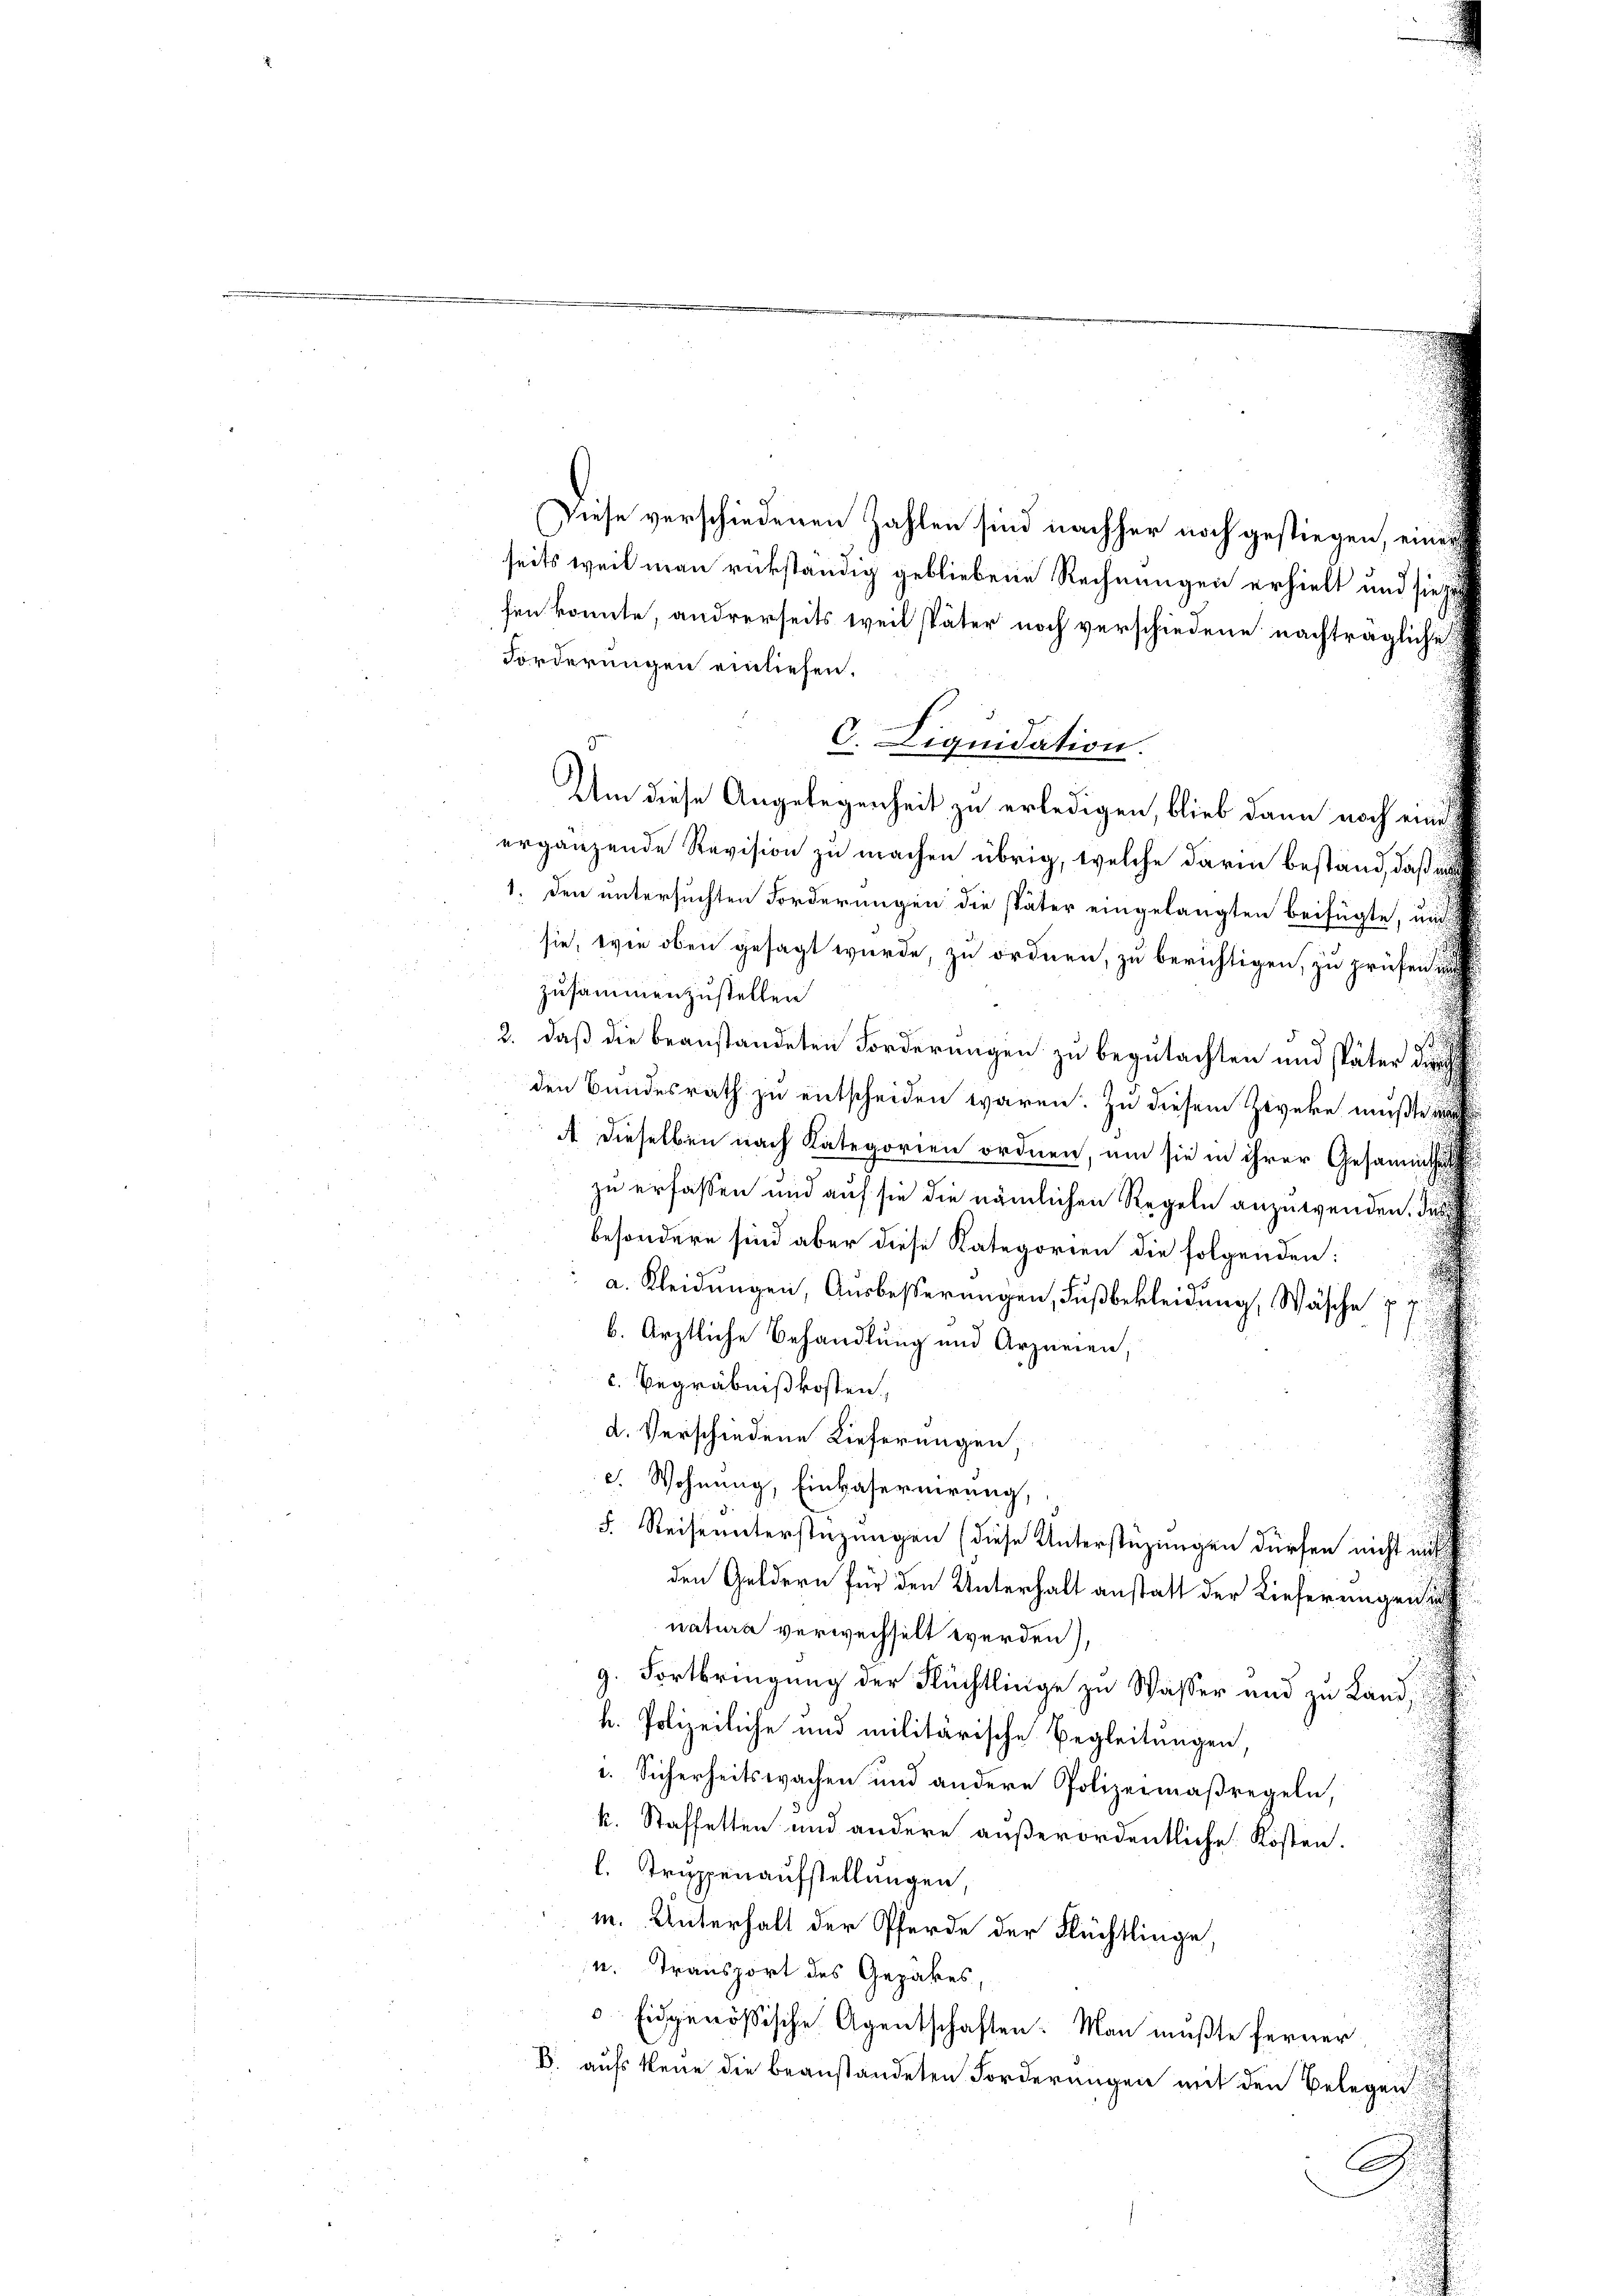
Diese verschiedenen Zahlen sind nachher noch gestiegen, einer
seits weil man rükständig gebliebene Rechnungen erhielt und sie jetz
fen konnte, andrerseits weil später noch verschiedene nachträgliche
Forderungen einliefen.
C. Liquidation.
Um diese Angelegenheit zu erledigen, blieb dann noch eines G
ergänzende Revision zu machen übrig, welche darin bestand, daß i
1. den untersuchten Forderungen die später eingelangten beifügte, un
sie, wie oben gesagt wurde, zu ordnen, zu berichtigen, zu prüfen
zusammenzustellen
2. daß die beanstandeten Forderungen zu begutachten und später die
den Bundesrath zu entscheiden waren. Zu diesem Zeveke mußte
A dieselben nach Kategorien ordnen, um sie in ihrer Gesammtheit
zu erfassen und auf sie die nämlichen Regeln anzuwenden. Das
besondere sind aber diese Kategorien die folgenden:
a. Kleidŭngen, Aŭsbesserungen, Fußbekleidung, Wäsche 77
b. Ärztliche Behandlung und Arzneien,
c. Begräbnißkosten.
d. Verschiedene Lieferungen,
c. Wohnung, Einkasernirung,
5. Reiseunterstüzungen (diese Unterstüzungen dürfen nicht auf
den Geldern für den Unterhalt anstatt der Lieferungen
natura verwechselt werden),
g. Fortbringung der Flüchtlinge zu Wasser und zu Land,
h. Polizeiliche und militärische Begleitungen,
. Sicherheitswachen und andere Polizeimaßregeln,
k. Staffetten und andere außerordentliche Kosten.
l. Trupenaufstellungen,
m. Unterhalt der Pferde der Flüchtlinge,
u. Transport des Gepäkes,
 Eidgenössische Agentschaften: Man mußte ferner
B. aufs keine die beanstandeten Forderungen mit den Belegen